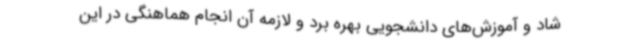
شاد و آموزش‌های دانشجویی بهره برد و لازمه آن انجام هماهنگی در این